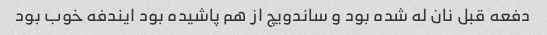
دفعه قبل نان له شده بود و ساندویچ از هم پاشیده بود ایندفه خوب بود